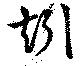
矧